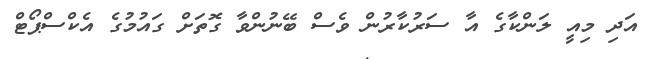
އަދި މިއީ ލަންކާގެ އާ ސަރުކާރުން ވެސް ބޭނުންވާ ގޮތަށް ގައުމުގެ އެކްސްޕޯޓް